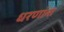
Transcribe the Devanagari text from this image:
धरणांना